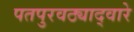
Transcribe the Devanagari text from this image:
पतपुरवठ्याद्वारे